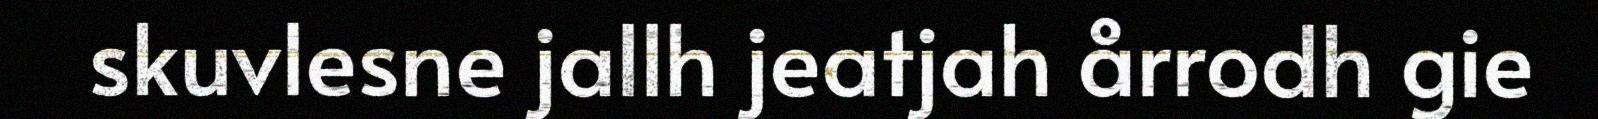
skuvlesne jallh jeatjah årrodh gie